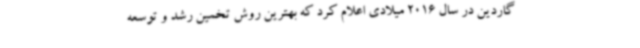
گاردین در سال 2016 میلادی اعلام کرد که بهترین روش تخمین رشد و توسعه